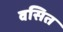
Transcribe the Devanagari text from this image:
वसित